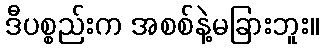
ဒီပစ္စည်းက အစစ်နဲ့မခြားဘူး။